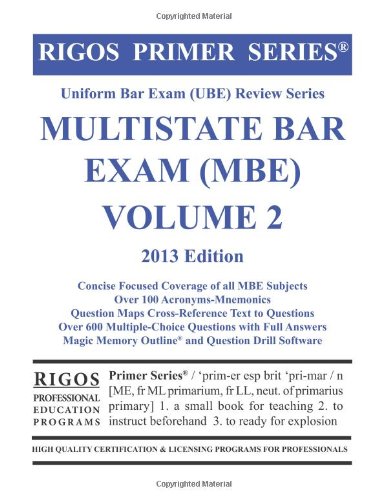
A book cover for Rigos Primer Series Uniform Bar Exam (UBE) Review Series MBE Bar Exam Volume 2; James J. Rigos; Test Preparation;